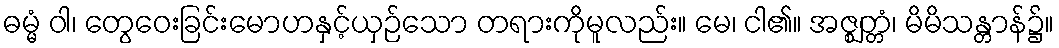
ဓမ္မံ ဝါ၊ တွေဝေးခြင်းမောဟနှင့်ယှဉ်သော တရားကိုမူလည်း။ မေ၊ ငါ၏။ အဇ္ဈတ္တံ၊ မိမိသန္တာန်၌။